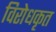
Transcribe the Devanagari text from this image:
विरोधकृत